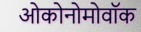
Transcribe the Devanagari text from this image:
ओकोनोमोवॉक